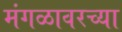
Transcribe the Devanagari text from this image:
मंगळावरच्या